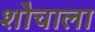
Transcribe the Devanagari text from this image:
शौचाला